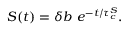
\begin{array} { r } { S ( t ) = \delta b \ e ^ { - t / \tau _ { c } ^ { S } } . } \end{array}